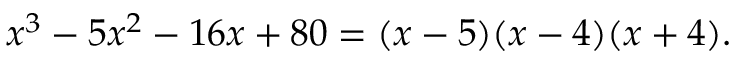
x ^ { 3 } - 5 x ^ { 2 } - 1 6 x + 8 0 = ( x - 5 ) ( x - 4 ) ( x + 4 ) .